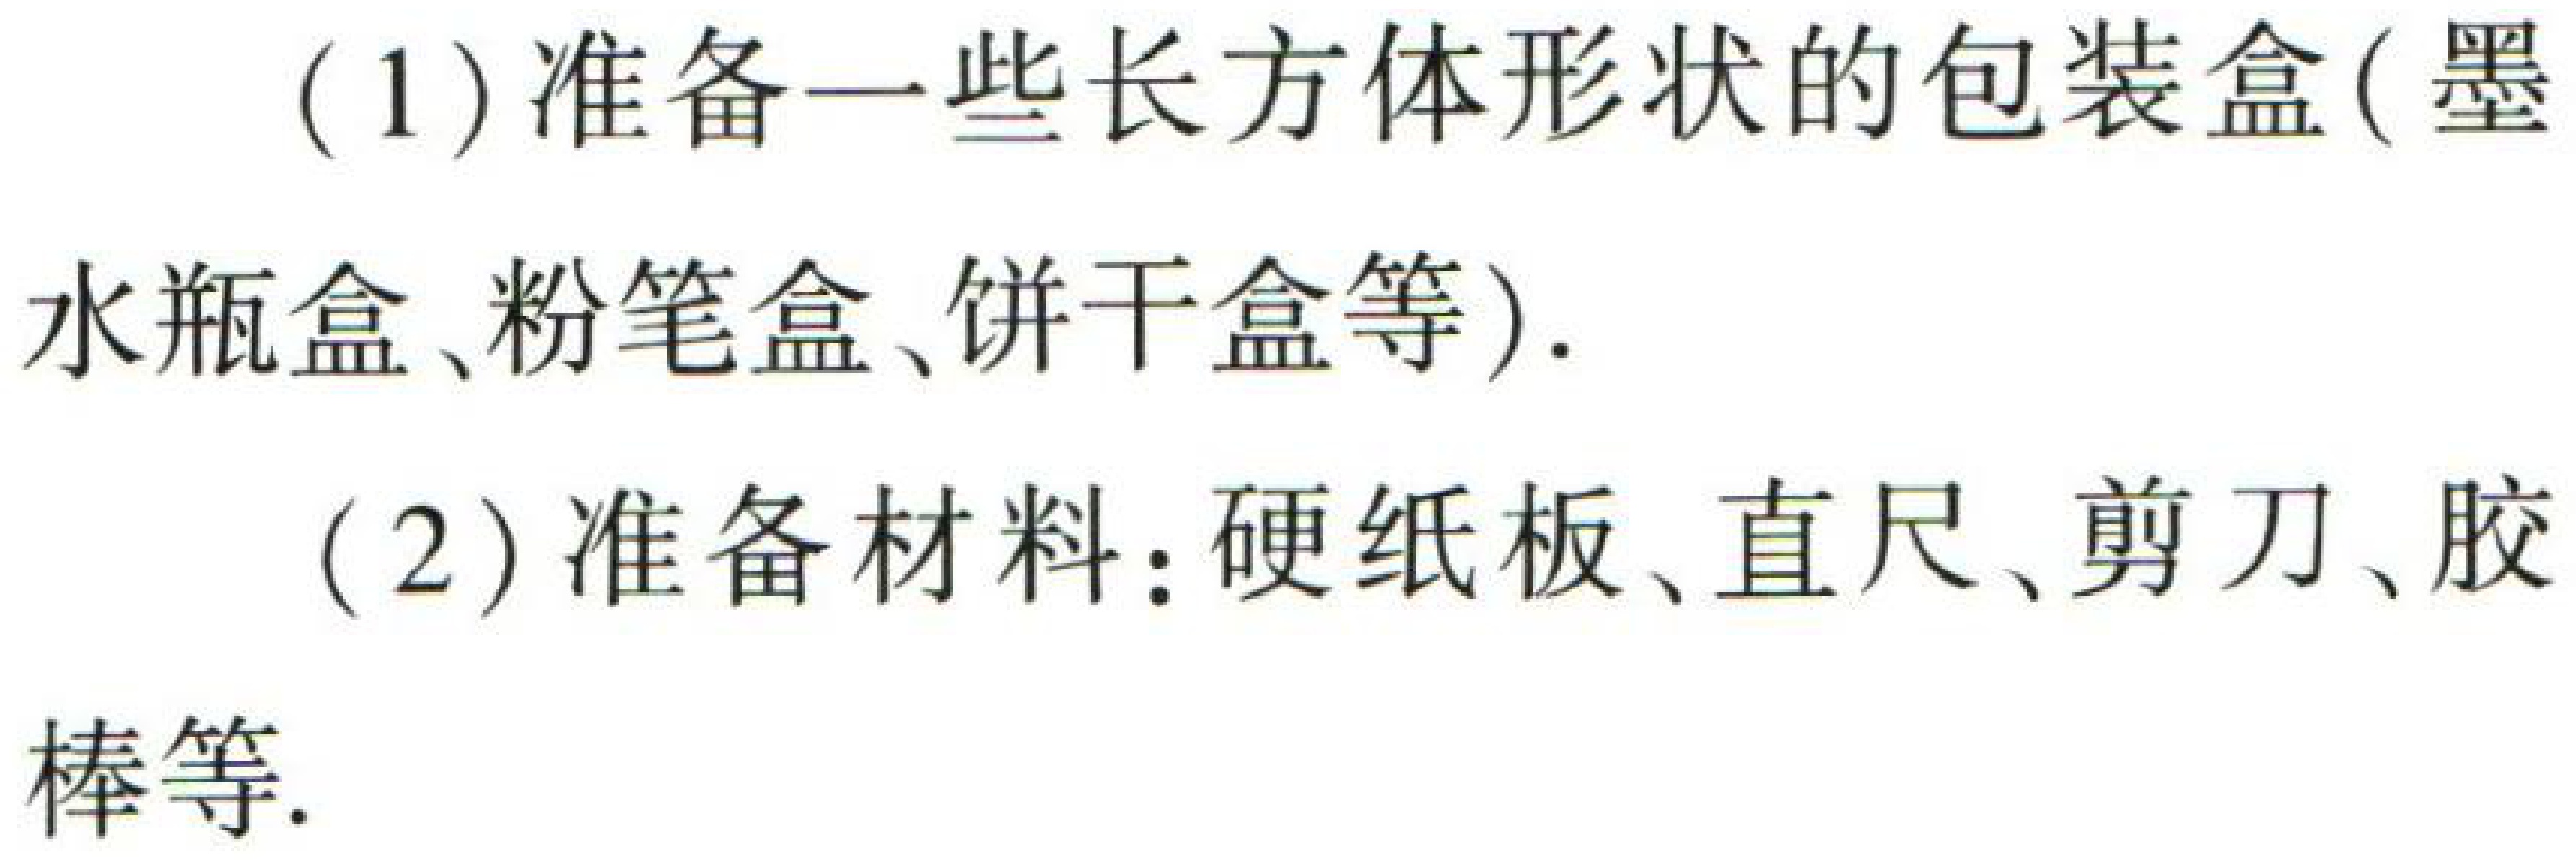
(1) 准备一些长方体形状的包装盒(墨水瓶盒、粉笔盒、饼干盒等).

(2) 准备材料：硬纸板、直尺、剪刀、胶棒等.